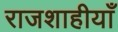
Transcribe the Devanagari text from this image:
राजशाहीयाँ